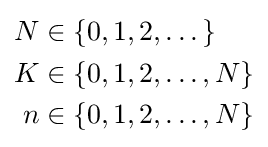
{\begin{aligned}N&\in \left\{0,1,2,\dots \right\}\\K&\in \left\{0,1,2,\dots ,N\right\}\\n&\in \left\{0,1,2,\dots ,N\right\}\end{aligned}}